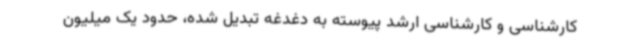
کارشناسی و کارشناسی ارشد پیوسته به دغدغه تبدیل شده، حدود یک میلیون